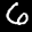
Label: 6